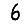
Digit: 6